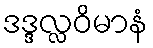
ဒဒ္ဒလ္လဝိမာနံ